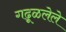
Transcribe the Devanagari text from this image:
गढूळलेले